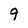
Character: 9